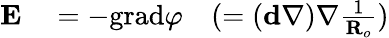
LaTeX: \begin{array}{rl}{\textbf{E}}&{{}=-\textrm{grad}\varphi\quad(=(\textbf{d}\nabla)\nabla\frac{1}{\textbf{R}_{o}})}\end{array}